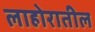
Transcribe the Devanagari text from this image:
लाहोरातील